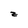
Character: z